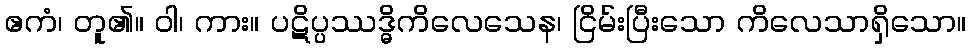
ဧကံ၊ တူ၏။ ဝါ၊ ကား။ ပဋိပ္ပဿဒ္ဓိကိလေသေန၊ ငြိမ်းပြီးသော ကိလေသာရှိသော။